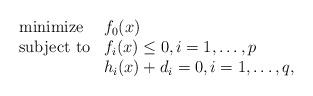
LaTeX: \begin{align*}\begin{array}{ll}\mbox{minimize} & f_0(x) \\\mbox{subject to} & f_i(x) \leq 0, i=1,\ldots,p \\& h_i(x) + d_i = 0, i=1,\ldots,q,\end{array}\end{align*}